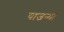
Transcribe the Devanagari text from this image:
याजन्मी